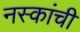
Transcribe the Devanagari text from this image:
नस्कांची